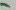
Text: 1